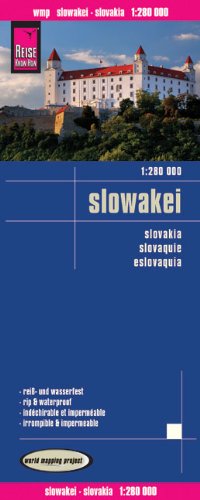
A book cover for Slovakia; Reise Know-How Verlag; Travel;